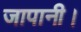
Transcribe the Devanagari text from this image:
जापानी।